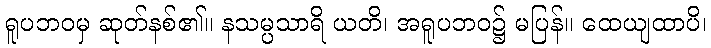
ရူပဘဝမှ ဆုတ်နစ်၏။ နသမ္ပသာရိ ယတိ၊ အရူပဘဝ၌ မပြန်။ ထေယျထာပိ၊